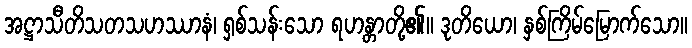
အဋ္ဌာသီတိသတသဟဿာနံ၊ ရှစ်သန်းသော ရဟန္တာတို့၏။ ဒုတိယော၊ နှစ်ကြိမ်မြောက်သော။